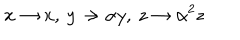
x \rightarrow x , \: y \rightarrow \alpha y , \: z \rightarrow \alpha ^ { 2 } z